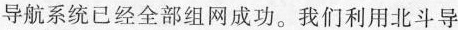
导航系统已经全部组网成功。我们利用北斗导